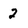
Character: 2